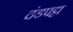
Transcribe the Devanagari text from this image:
दंडपट्टा